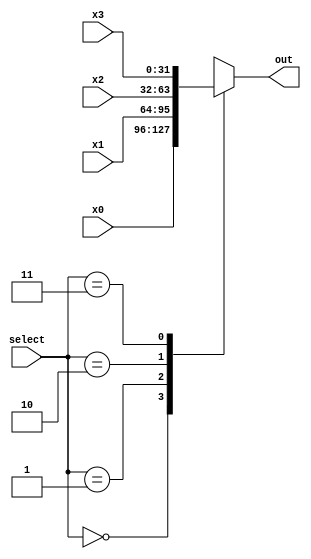
`timescale 1ns / 1ps
//////////////////////////////////////////////////////////////////////////////////
// Company: 
// Engineer: 
// 
// Design Name: 
// Module Name: Mux_4x1_32bit
// Project Name: 
// Target Devices: 
// Tool Versions: 
// Description: 
// 
// Dependencies: 
// 
// Revision:
// Revision 0.01 - File Created
// Additional Comments:
// 
//////////////////////////////////////////////////////////////////////////////////


module Mux_4x1_32bit(
input [31:0] x0, x1, x2, x3,
input [1:0] select,
output reg [31:0] out
);

always@(*) begin
case(select)
2'b00: out = x0; 
2'b01: out = x1;
2'b10: out = x2;
2'b11: out = x3;
//default: out = 0;
endcase
end

endmodule